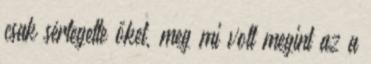
csak sértegette őket, meg mi volt megint az a